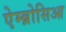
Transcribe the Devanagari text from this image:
ऐम्ब्रोसिआ